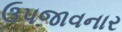
ઉપજાવનાર